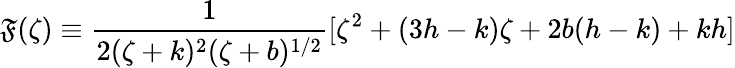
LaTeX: \mathfrak{F}(\zeta)\equiv\frac{{1}}{{2(\zeta+k)^{2}(\zeta+b)^{1/2}}}[\zeta^{2}+(3h-k)\zeta+2b(h-k)+kh]